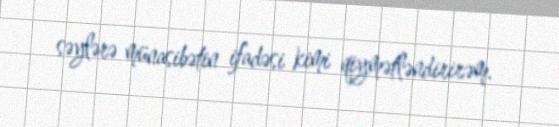
səylərə münasibətin ifadəsi kimi qiymətləndirirəm.